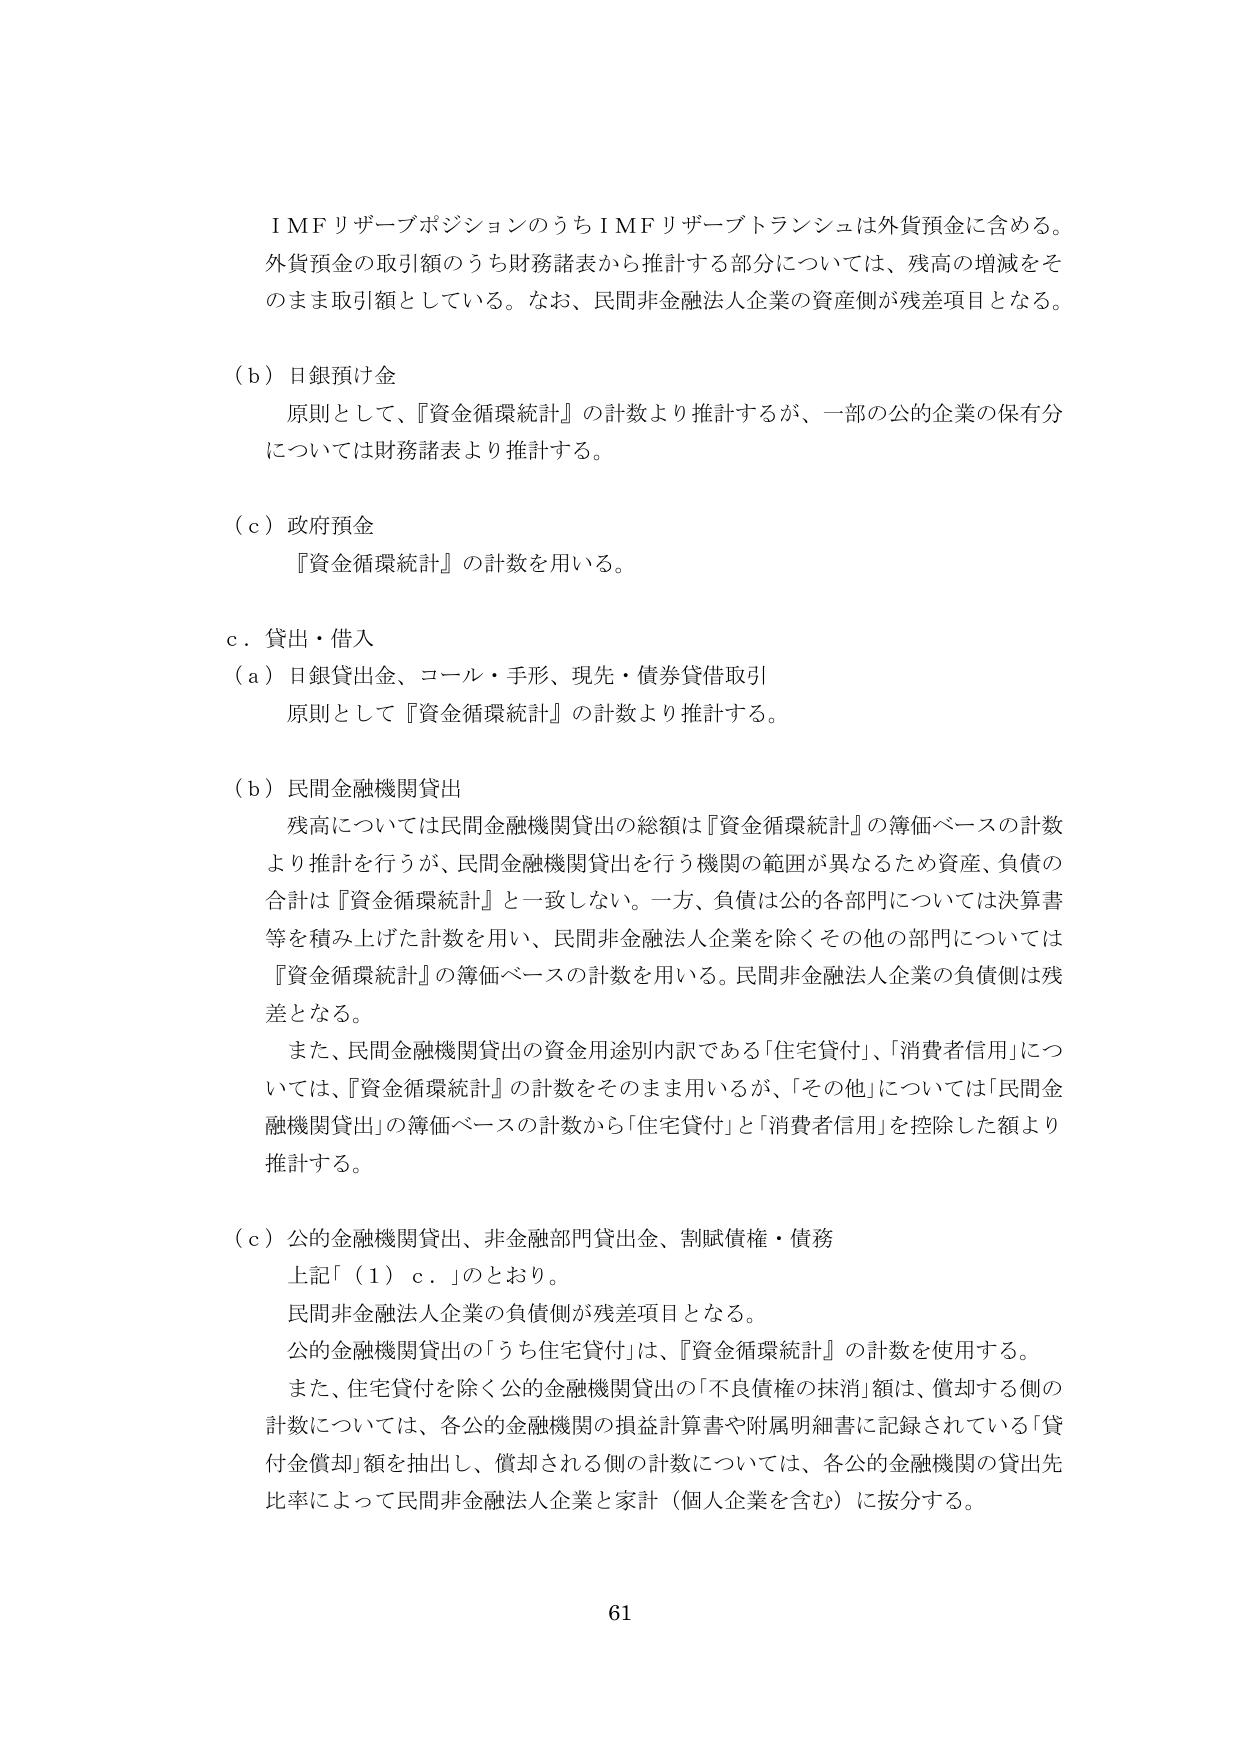
ＩＭＦリザーブポジションのうちＩＭＦリザーブトランシェは外貨預金に含める。
外貨預金の取引額のうち財務諸表から推計する部分については、残高の増減をそのまま取引額としている。なお、民間非金融法人企業の資産側が残差項目となる。

（ｂ）日銀預け金
　原則として、『資金循環統計』の計数より推計するが、一部の公の企業の保有分については財務諸表より推計する。

（ｃ）政府預金
　『資金循環統計』の計数を用いる。

ｃ．貸出・借入
（ａ）日銀貸出金、コール・手形、現先・債券貸借取引
　原則として『資金循環統計』の計数より推計する。

（ｂ）民間金融機関貸出
　残高については民間金融機関貸出の総額は『資金循環統計』の簿価ベースの計数より推計を行うが、民間金融機関貸出を行う機関の範囲が異なるため資産、負債の合計は『資金循環統計』と一致しない。一方、負債は公的各部門については決算書等を積み上げた計数を用い、民間非金融法人企業を除くその他の部門については『資金循環統計』の簿価ベースの計数を用いる。民間非金融法人企業の負債側は残差となる。
　また、民間金融機関貸出の資金用途別内訳である「住宅貸付」、「消費者信用」については、『資金循環統計』の計数をそのまま用いるが、「その他」については「民間金融機関貸出」の簿価ベースの計数から「住宅貸付」と「消費者信用」を控除した額より推計する。

（ｃ）公的金融機関貸出、非金融部門貸出金、割賦債権・債務
　上記「（１）ｃ．」のとおり。
　民間非金融法人企業の負債側が残差項目となる。
　公的金融機関貸出の「うち住宅貸付」は、『資金循環統計』の計数を使用する。
　また、住宅貸付を除く公的金融機関貸出の「不良債権の抹消」額は、償却する側の計数については、各公的金融機関の損益計算書や附属明細書に記録されている「貸付金償却」額を抽出し、償却される側の計数については、各公的金融機関の貸出先比率によって民間非金融法人企業と家計（個人企業を含む）に按分する。

61